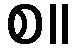
စ။